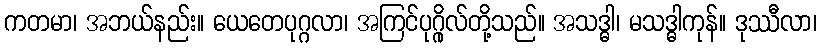
ကတမာ၊ အဘယ်နည်း။ ယေတေပုဂ္ဂလာ၊ အကြင်ပုဂ္ဂိုလ်တို့သည်။ အသဒ္ဓါ၊ မသဒ္ဓါကုန်။ ဒုဿီလာ၊